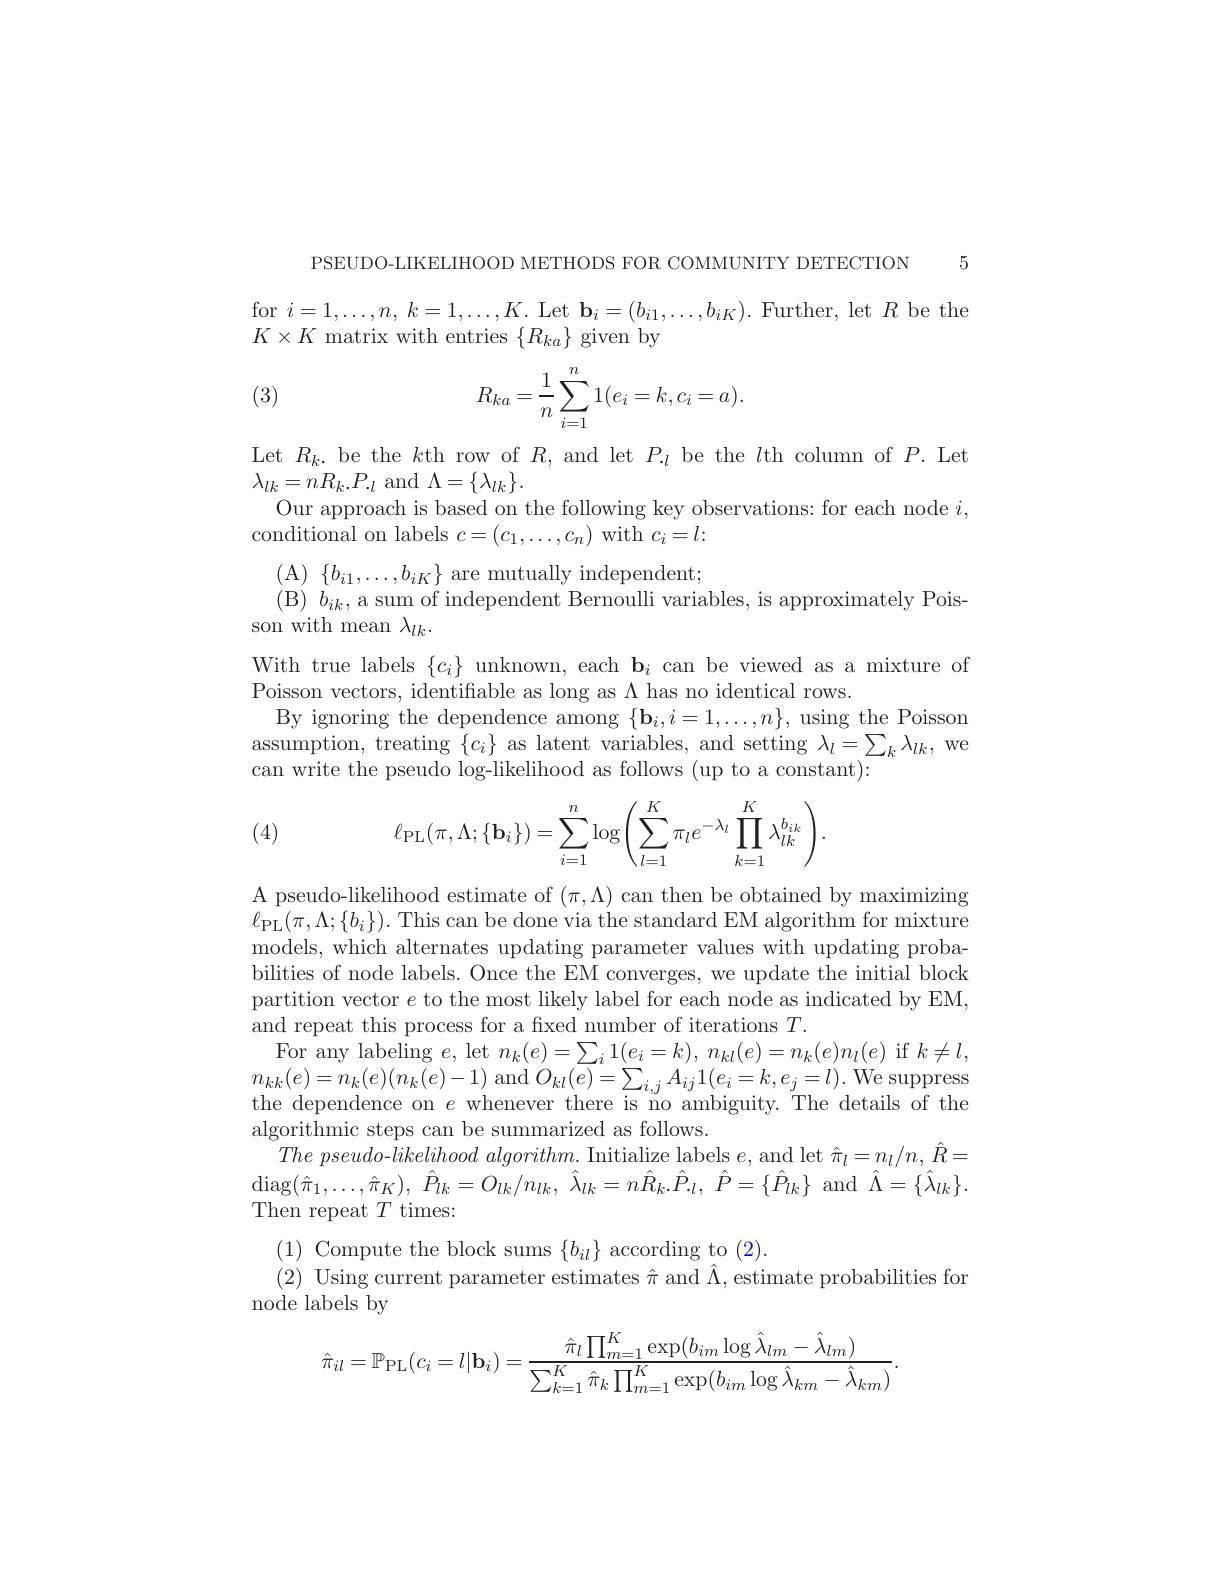
PSEUDO-LIKELIHOOD METHODS FOR COMMUNITY DETECTION 5 for $i=1,\ldots,n,k=1,\ldots,K.$ Let $\mathbf{b}_i=(b_{i1},\ldots,b_{iK}).$ Further, let $R$ be the $K\times K$ matrix with entries $\{$

(3)
$$R_{ka}=\dfrac{1}{n}\sum_{i=1}^n1(e_i=k,c_i=a).$$
Let $R_{k}.$ be the $k$th row of $R$,and let $P._l$ be the $l$th column of $P.$ Let
$\lambda_{lk}=nR_{k}.P_{.l}$ and
Our approach is based on the following key observations: for each node $i$,
conditional on labels $c=(c$

$\begin{array}{l}{\mathrm{(A)}}&{\{b_{i1},\ldots,b_{i}}\end{array}$
son with mean $\lambda_lk.$
With true labels $\{c_i\}$ unk
By ignoring the dependence a assumption, treating $\{c_i\}$ can write the pseudo log-lik

(4)
$$\ell_{\text{PL}}(\pi,\Lambda;\{\mathbf{b}_i\})=\sum_{i=1}^n\log\left(\sum_{l=1}^K\pi_le^{-\lambda_l}\prod_{k=1}^K\lambda_{lk}^{b_{ik}}\right).$$
A pseudo-likelihood estimate of $(\pi,\Lambda)$ can then be obtained by maximizing $\ell_{\mathrm{PL}}(\pi,\Lambda;\{b_{i}\}).$ Thi models, which alternates upd bilities of node labels. Once the EM converges, we update the initial block partition vector $e$ to the and repeat this process for a fixed number of iterations $T.$
For any labeling $e$, let $n$ $n_{kk}(e)=n_{k}(e)(n_{k}(e)-1)$ and $O_{kl}(e)=\sum_{i,j}A_{ij}1(e_{i}=k,e_{j}=l).$ We suppress the dependence on $e$ whenev algorithmic steps can be summarized as follows.
$The~pseudo-likelihood~algorithm.$ Initialize labels $e$, and let $\hat{\pi}_l=n_l/n,\hat{R}=$ $\operatorname{diag}(\hat{\pi}_{1},\ldots,\hat{\pi}_{K}),~\hat{P}_{lk}=O_{lk}/n_{lk},~\hat{\lambda}_{lk}=n\hat{R}_{lk}.\hat{P}_{.l},~\hat{P}=\{\hat{P}_{lk}\}~$and$~\hat{\Lambda}=\{\hat{\lambda}_{lk}\}.$ Then repeat $T$ times:
$\begin{array}{l}(1)&\text{Compute the block sums}\left\{b_{il}\right\}\text{according to}\left(2\right).\\(2)&\text{Using current parameter estimates }\hat{\pi}\mathrm{~and~}\hat{\Lambda},\text{estimate probabilities for}\end{array}$
node labels by
$$\hat{\pi}_{il}=\mathbb{P}_{\text{PL}}(c_i=l|\mathbf{b}_i)=\frac{\hat{\pi}_l\prod_{m=1}^K\exp(b_{im}\log\hat{\lambda}_{lm}-\hat{\lambda}_{lm})}{\sum_{k=1}^K\hat{\pi}_k\prod_{m=1}^K\exp(b_{im}\log\hat{\lambda}_{km}-\hat{\lambda}_{km})}.$$